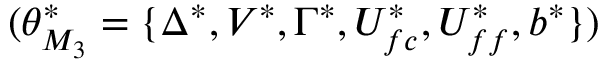
( \theta _ { M _ { 3 } } ^ { * } = \{ \Delta ^ { * } , V ^ { * } , \Gamma ^ { * } , U _ { f c } ^ { * } , U _ { f f } ^ { * } , b ^ { * } \} )